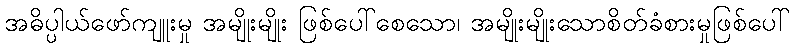
အဓိပ္ပါယ်ဖော်ကျူးမှု အမျိုးမျိုး ဖြစ်ပေါ်စေသော၊ အမျိုးမျိုးသောစိတ်ခံစားမှုဖြစ်ပေါ်